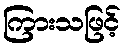
ကြားသဖြင့်